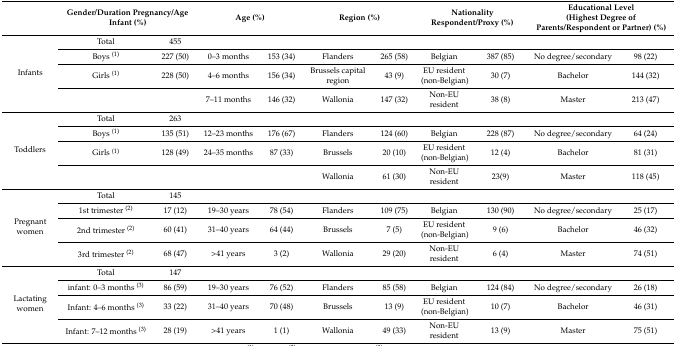
<table><thead><tr><td></td><td colspan="2"><b>Gender/Duration Pregnancy/Age Infant (%)</b></td><td colspan="2"><b>Age (%)</b></td><td colspan="2"><b>Region (%)</b></td><td colspan="2"><b>Nationality Respondent/Proxy (%)</b></td><td colspan="2"><b>Educational Level (Highest Degree of Parents/Respondent or Partner) (%)</b></td></tr></thead><tbody><tr><td rowspan="4">Infants</td><td>Total</td><td>455</td><td></td><td></td><td></td><td></td><td></td><td></td><td></td><td></td></tr><tr><td>Boys <sup>(1)</sup></td><td>227 (50)</td><td>0–3 months</td><td>153 (34)</td><td>Flanders</td><td>265 (58)</td><td>Belgian</td><td>387 (85)</td><td>No degree/secondary</td><td>98 (22)</td></tr><tr><td>Girls <sup>(1)</sup></td><td>228 (50)</td><td>4–6 months</td><td>156 (34)</td><td>Brussels capital region</td><td>43 (9)</td><td>EU resident (non-Belgian)</td><td>30 (7)</td><td>Bachelor</td><td>144 (32)</td></tr><tr><td></td><td></td><td>7–11 months</td><td>146 (32)</td><td>Wallonia</td><td>147 (32)</td><td>Non-EU resident</td><td>38 (8)</td><td>Master</td><td>213 (47)</td></tr><tr><td rowspan="4">Toddlers</td><td>Total</td><td>263</td><td></td><td></td><td></td><td></td><td></td><td></td><td></td><td></td></tr><tr><td>Boys <sup>(1)</sup></td><td>135 (51)</td><td>12–23 months</td><td>176 (67)</td><td>Flanders</td><td>124 (60)</td><td>Belgian</td><td>228 (87)</td><td>No degree/secondary</td><td>64 (24)</td></tr><tr><td>Girls <sup>(1)</sup></td><td>128 (49)</td><td>24–35 months</td><td>87 (33)</td><td>Brussels</td><td>20 (10)</td><td>EU resident (non-Belgian)</td><td>12 (4)</td><td>Bachelor</td><td>81 (31)</td></tr><tr><td></td><td></td><td></td><td></td><td>Wallonia</td><td>61 (30)</td><td>Non-EU resident</td><td>23(9)</td><td>Master</td><td>118 (45)</td></tr><tr><td rowspan="4">Pregnant women</td><td>Total</td><td>145</td><td></td><td></td><td></td><td></td><td></td><td></td><td></td><td></td></tr><tr><td>1st trimester <sup>(2)</sup></td><td>17 (12)</td><td>19–30 years</td><td>78 (54)</td><td>Flanders</td><td>109 (75)</td><td>Belgian</td><td>130 (90)</td><td>No degree/secondary</td><td>25 (17)</td></tr><tr><td>2nd trimester <sup>(2)</sup></td><td>60 (41)</td><td>31–40 years</td><td>64 (44)</td><td>Brussels</td><td>7 (5)</td><td>EU resident (non-Belgian)</td><td>9 (6)</td><td>Bachelor</td><td>46 (32)</td></tr><tr><td>3rd trimester <sup>(2)</sup></td><td>68 (47)</td><td>&gt;41 years</td><td>3 (2)</td><td>Wallonia</td><td>29 (20)</td><td>Non-EU resident</td><td>6 (4)</td><td>Master</td><td>74 (51)</td></tr><tr><td rowspan="4">Lactating women</td><td>Total</td><td>147</td><td></td><td></td><td></td><td></td><td></td><td></td><td></td><td></td></tr><tr><td>infant: 0–3 months <sup>(3)</sup></td><td>86 (59)</td><td>19–30 years</td><td>76 (52)</td><td>Flanders</td><td>85 (58)</td><td>Belgian</td><td>124 (84)</td><td>No degree/secondary</td><td>26 (18)</td></tr><tr><td>Infant: 4–6 months <sup>(3)</sup></td><td>33 (22)</td><td>31–40 years</td><td>70 (48)</td><td>Brussels</td><td>13 (9)</td><td>EU resident (non-Belgian)</td><td>10 (7)</td><td>Bachelor</td><td>46 (31)</td></tr><tr><td>Infant: 7–12 months <sup>(3)</sup></td><td>28 (19)</td><td>&gt;41 years</td><td>1 (1)</td><td>Wallonia</td><td>49 (33)</td><td>Non-EU resident</td><td>13 (9)</td><td>Master</td><td>75 (51)</td></tr></tbody></table>